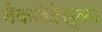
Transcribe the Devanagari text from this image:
बैकजेवेस्की